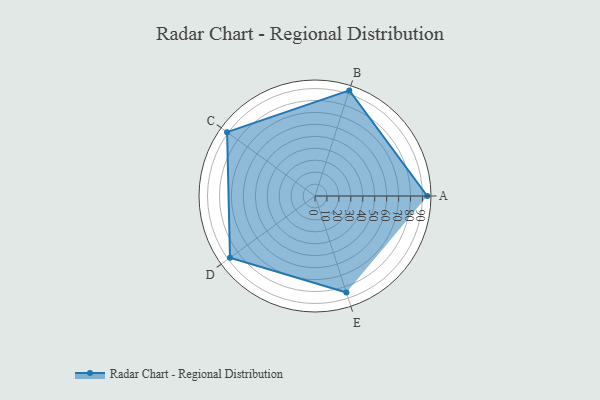
{"axis": {"x": "Skill", "y": "Score"}, "legend": ["Profile"], "data": [{"x": "A", "y": 94.0, "type": "Profile"}, {"x": "B", "y": 93.0, "type": "Profile"}, {"x": "C", "y": 91.0, "type": "Profile"}, {"x": "D", "y": 88.0, "type": "Profile"}, {"x": "E", "y": 85.0, "type": "Profile"}]}